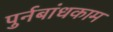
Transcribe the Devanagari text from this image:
पुर्नबांधकाम